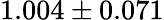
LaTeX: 1.004\pm 0.071